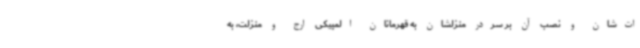
ات‌شان و نصب آن بر سردر منزلشان به قهرمانان المپیکی ارج و منزلت، به